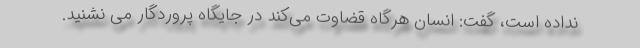
نداده است، گفت: انسان هرگاه قضاوت می‌کند در جایگاه پروردگار می نشنید.